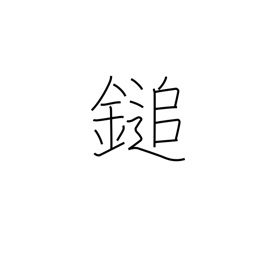
Meaning: mallet